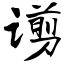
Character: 谫